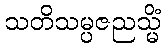
သတိသမ္ပဇညသ္မိံ